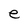
Character: e